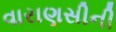
વારાણસીની